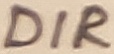
Text: DIR